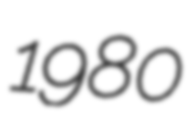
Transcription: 1980